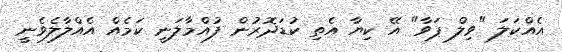
އެއްކަލަ "ވިލް ޕަވާ" އޭ ކިޔާ އެތި ކުޑަދޮރުން ފުއްމާލަނީ ކަމެއް އެއްލާލެވެނީ